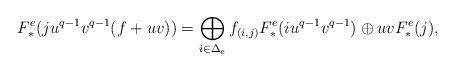
LaTeX: \begin{align*} F_*^e( ju^{q-1}v^{q-1}(f+uv))= \bigoplus_{i\in\Delta_e}f_{(i,j)}F_*^e(iu^{q-1}v^{q-1}) \oplus uv F_*^e(j) ,\end{align*}